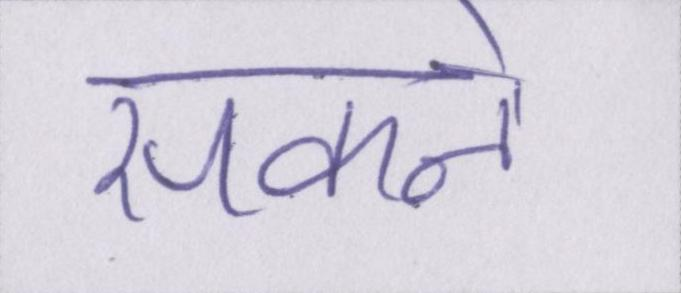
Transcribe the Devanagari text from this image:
सकने